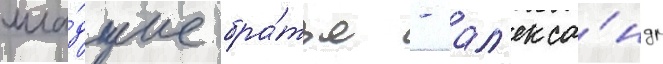
мла́дшие бра́тья - ал'екса́ндр